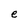
Character: e